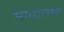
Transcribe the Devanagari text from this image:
भावालाच